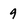
Character: 9